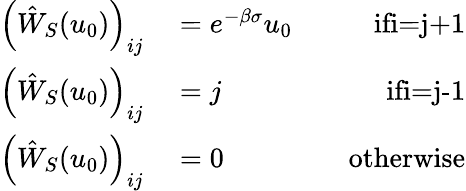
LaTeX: \begin{array}{rlr}{\left(\hat{W}_{S}(u_{0})\right)_{ij}}&{{}=e^{-\beta\sigma}u_{0}\quad}&{\textrm{ifi=j+1}}\\ {\left(\hat{W}_{S}(u_{0})\right)_{ij}}&{{}=j\quad}&{\textrm{ifi=j-1}}\\ {\left(\hat{W}_{S}(u_{0})\right)_{ij}}&{{}=0\quad}&{\textrm{otherwise}}\end{array}